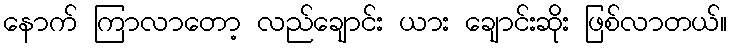
နောက် ကြာလာတော့ လည်ချောင်း ယား ချောင်းဆိုး ဖြစ်လာတယ်။